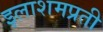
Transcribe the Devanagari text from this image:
इलाशमप्रती